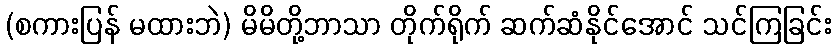
(စကားပြန် မထားဘဲ) မိမိတို့ဘာသာ တိုက်ရိုက် ဆက်ဆံနိုင်အောင် သင်ကြခြင်း